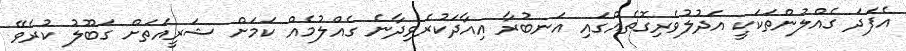
އެފަދަ ގެއްލުންތަކަކީ އަދުލުވެރިގޮތެއްގައި އަނބުރާ އިއާދަކުރެވިދާނެ ގެއްލުމެއް ކަމަށް ޝަރީއަތަށް ގަބޫލު ކުރެވޭ